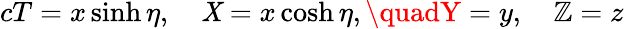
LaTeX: cT=x\sinh\eta,\quad\mathit{X}=x\cosh\eta,\quadY=y,\quad\mathbb{Z}=z